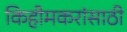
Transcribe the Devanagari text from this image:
किहीमकरांसाठी